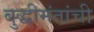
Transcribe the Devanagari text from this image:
बुद्धीमंतांची